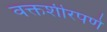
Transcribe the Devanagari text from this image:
वक्तशीरपणे